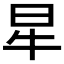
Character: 𤘵